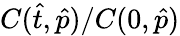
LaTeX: {C}(\hat{t},\hat{p})/C(0,\hat{p})